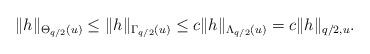
LaTeX: \begin{align*}\|h\|_{\Theta_{q/2}(u)}\le\|h\|_{\Gamma_{q/2}(u)}\le c\|h\|_{\Lambda_{q/2}(u)}=c\|h\|_{q/2,u}.\end{align*}